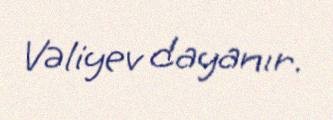
Vəliyev dayanır.